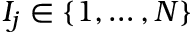
I _ { j } \in \{ 1 , \ldots , N \}